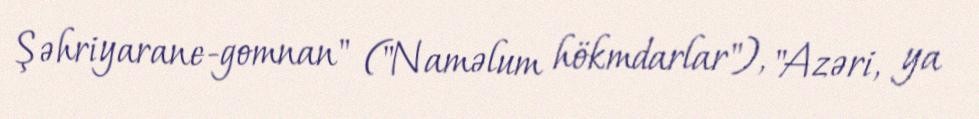
Şəhriyarane-gomnan" ("Naməlum hökmdarlar"), "Azəri, ya